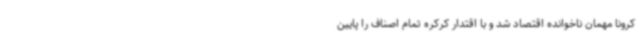
کرونا مهمان ناخوانده اقتصاد شد و با اقتدار کرکره تمام اصناف را پایین